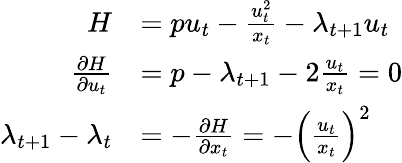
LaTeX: {\begin{array}{rl}{H}&{=pu_{t}-{\frac{u_{t}^{2}}{x_{t}}}-\lambda_{t+1}u_{t}}\\ {{\frac{\partial H}{\partial u_{t}}}}&{=p-\lambda_{t+1}-2{\frac{u_{t}}{x_{t}}}=0}\\ {\lambda_{t+1}-\lambda_{t}}&{=-{\frac{\partial H}{\partial x_{t}}}=-\left({\frac{u_{t}}{x_{t}}}\right)^{2}}\end{array}}